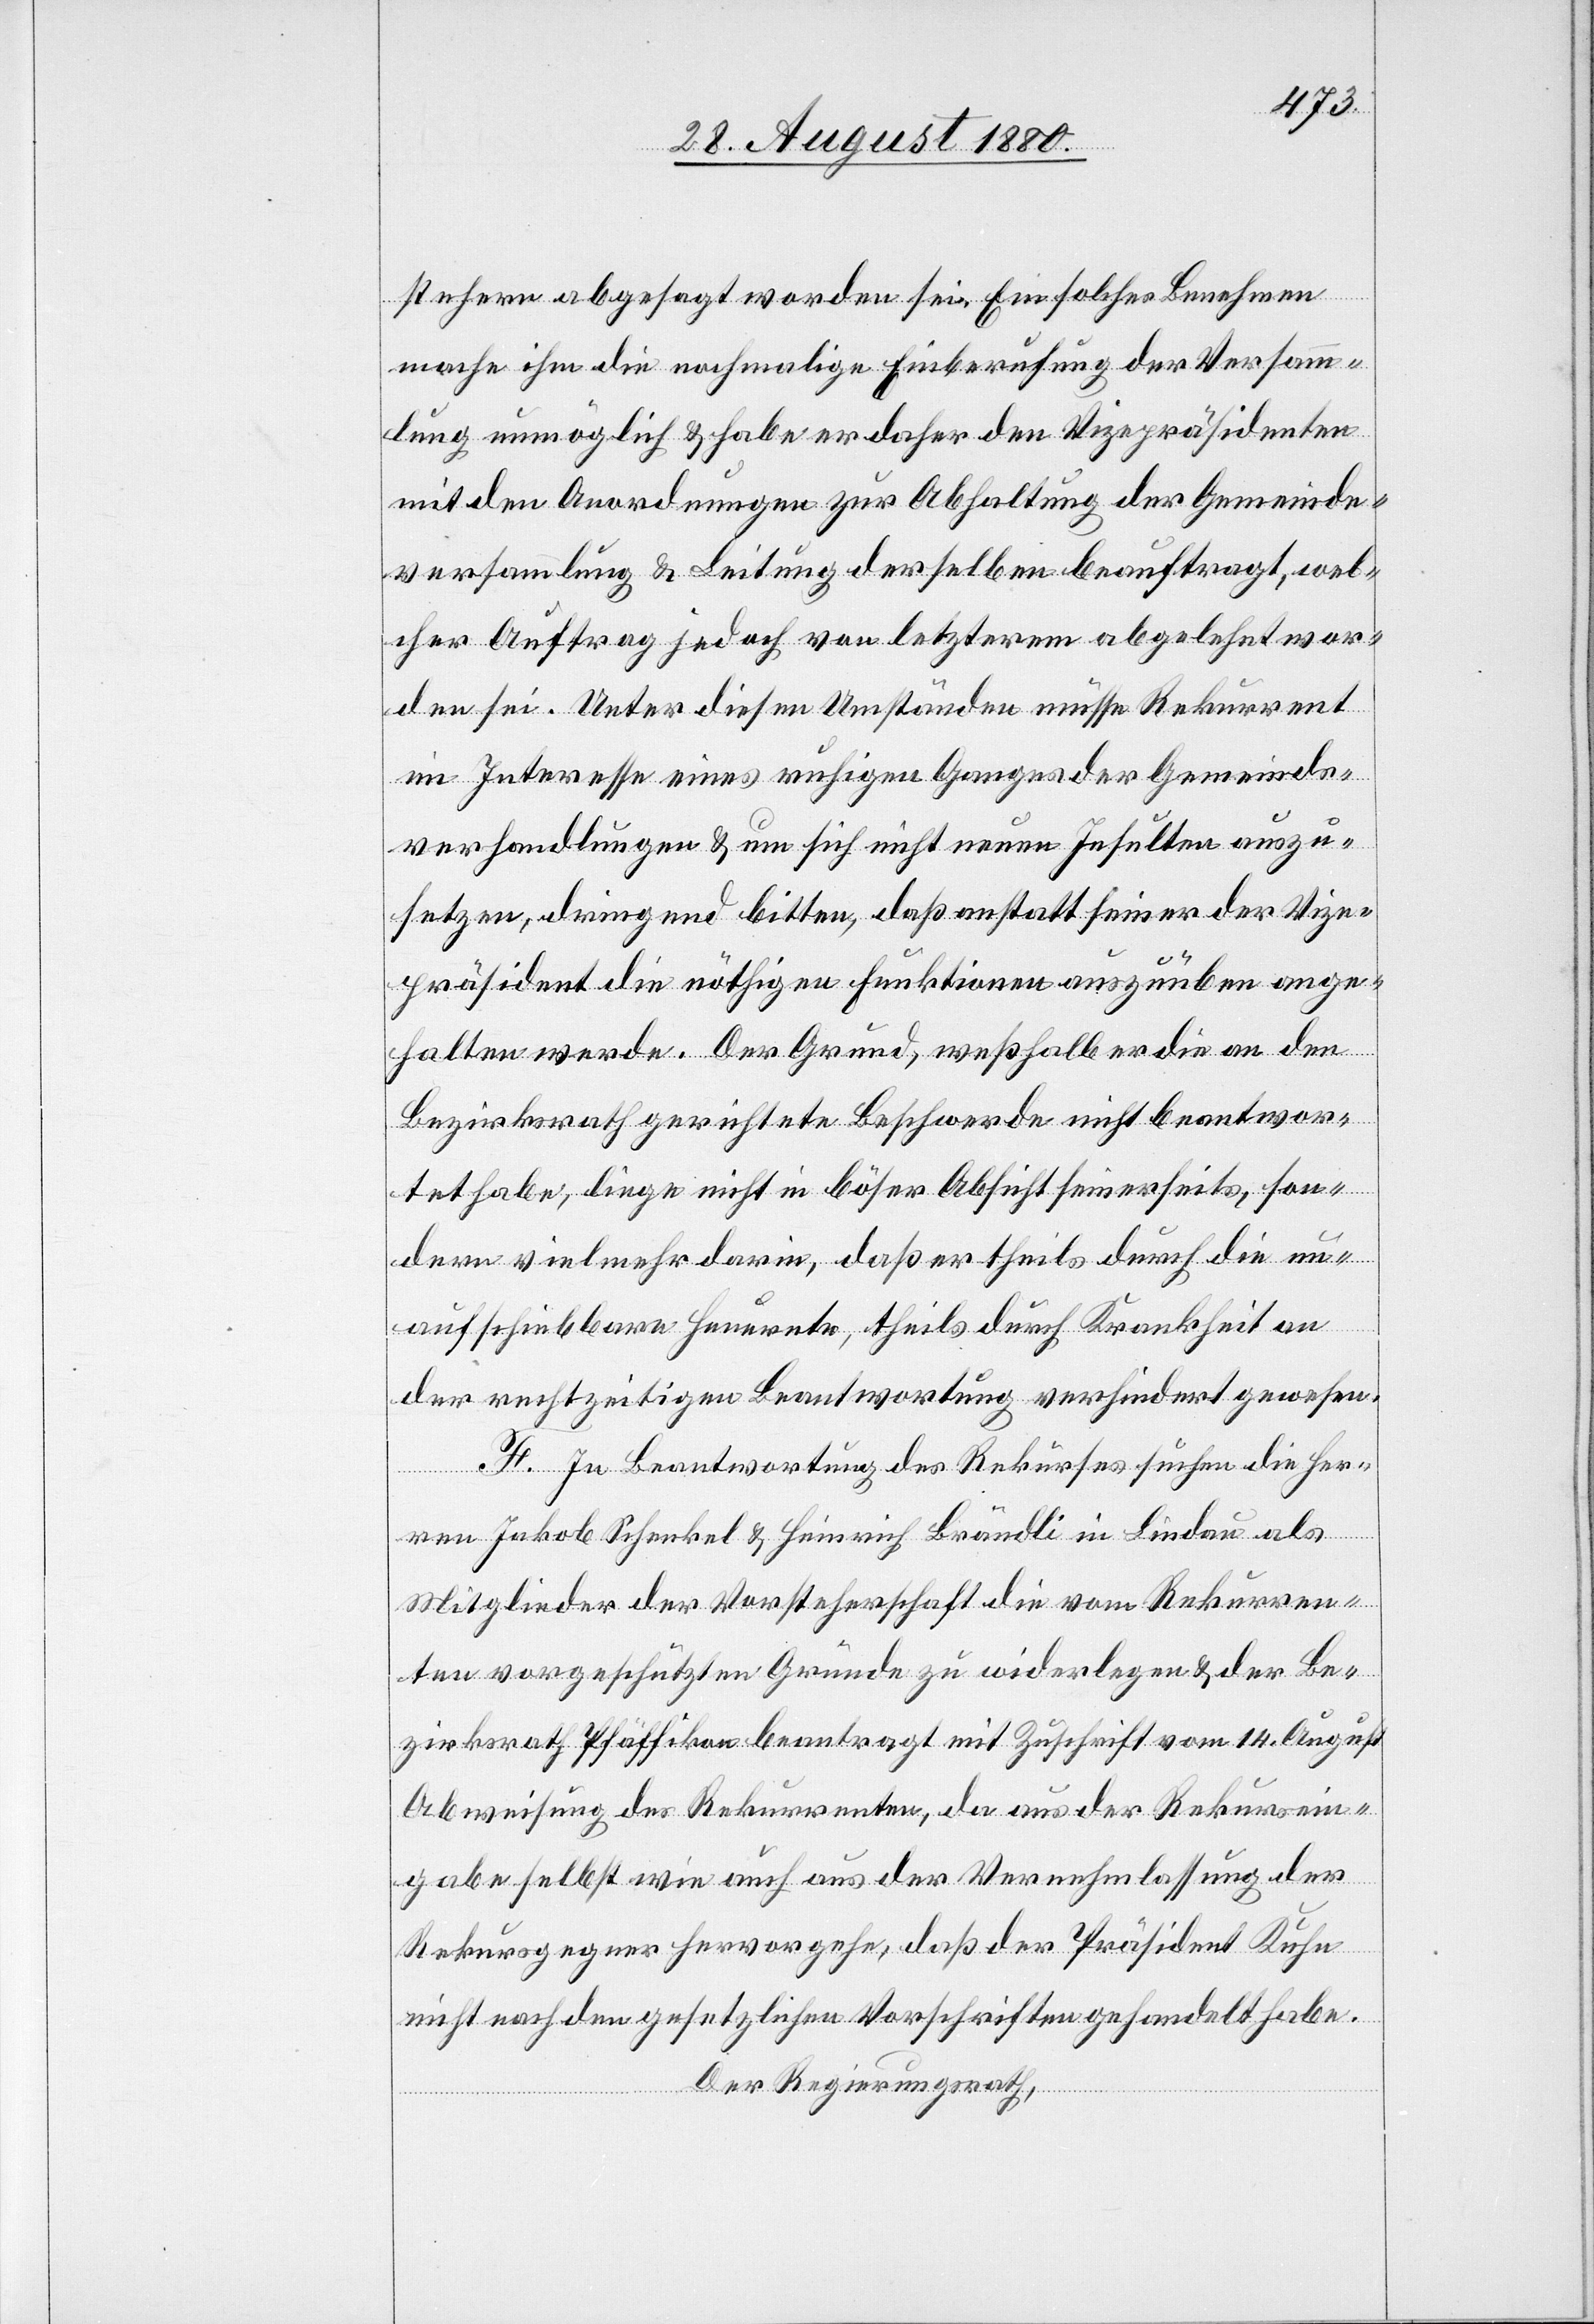
stehern abgesagt worden sei. Ein solches Benehmen
mache ihm die nochmalige Einberufung der Versamm¬
lung unmöglich & habe er daher den Vizepräsidenten
mit den Anordnungen zur Abhaltung der Gemeinde¬
versammlung & Leitung derselben beauftragt, wel¬
cher Auftrag jedoch von letzterem abgelehnt wor¬
den sei. Unter diesen Umständen müsse Rekurrent
im Interesse eines ruhigen Ganges der Gemeinde¬
verhandlungen & um sich nicht neuen Insulten auszu¬
setzen, dringend bitten, daß anstatt seiner der Vize¬
präsident die nöthigen Funktionen auszuüben ange¬
halten werde. Der Grund, weshalb er die an den
Bezirksrath gerichtete Beschwerde nicht beantwor¬
tet habe, liege nicht in böser Absicht seinerseits, son¬
dern vielmehr darin, daß er theils durch die un¬
aufschiebbare Heuernte, theils durch Krankheit an
der rechtzeitigen Beantwortung verhindert gewesen.
F. In Beantwortung des Rekurses suchen die Herren
Mitglieder der Vorsteherschaft die vom Rekurren¬
ten vorgeschützten Gründe zu widerlegen & der Be¬
zirksrath Pfäffikon beantragt mit Zuschrift vom 14. August
Abweisung des Rekurrenten, da aus der Rekursein¬
gabe selbst wie auch aus der Vernehmlassung der
Rekursgegner hervorgehe, daß der Präsident Kuhn
nicht nach den gesetzlichen Vorschriften gehandelt habe.
Der Regierungsrath,